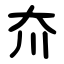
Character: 夼